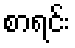
စာရင်း